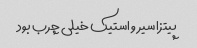
پیتزا سیر و استیک خیلی چرب بود